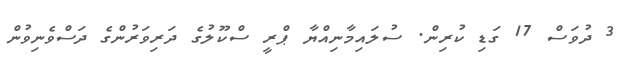
3 ދުވަސް 17 ގަޑި ކުރިން. ސުލައިމާނިއްޔާ ޕްރީީ ސްކޫލުގެ ދަރިވަރުންގެ ދަސްވެނިވުން